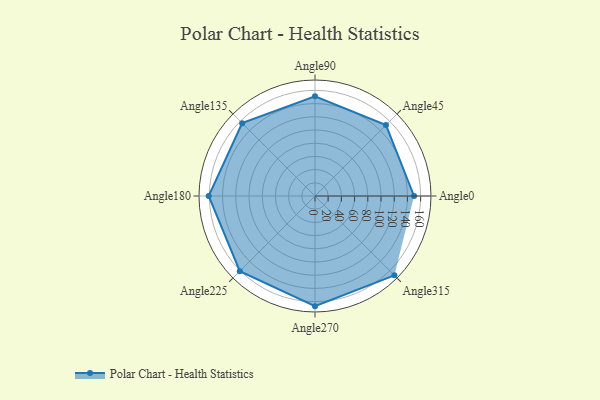
{"axis": {"x": "Angle", "y": "Radius"}, "legend": [""], "data": [{"x": "Angle0", "y": 150.0, "type": ""}, {"x": "Angle45", "y": 152.0, "type": ""}, {"x": "Angle90", "y": 151.0, "type": ""}, {"x": "Angle135", "y": 156.0, "type": ""}, {"x": "Angle180", "y": 161.0, "type": ""}, {"x": "Angle225", "y": 161.0, "type": ""}, {"x": "Angle270", "y": 167.0, "type": ""}, {"x": "Angle315", "y": 170, "type": ""}]}